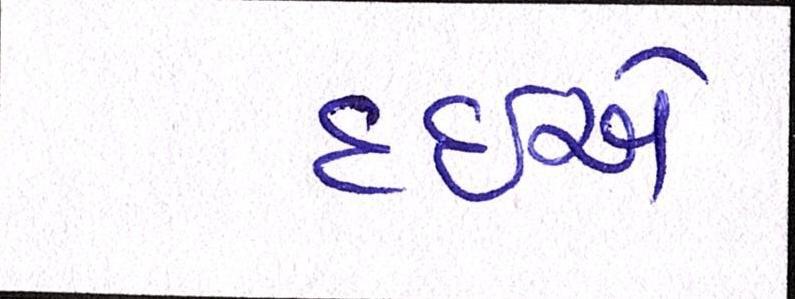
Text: દઇએ